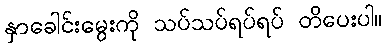
နှာခေါင်းမွေးကို သပ်သပ်ရပ်ရပ် တိပေးပါ။